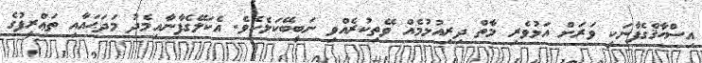
އިސްޙާޤްގެފާނަކީ ވަރަށް އަޅުވެރި މާތް ދިރިއުޅުމެއް ވޭތިކުރެއްވި ނަބީބޭކަލެކެވެ. އެކަލޭގެފާނާއިމެދު މަދަޙައާއި ތަޢްރީފުގެ